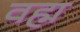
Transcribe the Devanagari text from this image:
वह्म